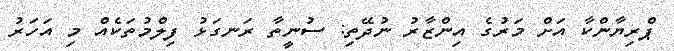
ޕްރިޔާންކާ އަށް މަރުގެ އިންޒާރު ނުދޭތި: ސުނީތާ ރަނގަޅު ފިލްމުތަކެއް މި އަހަރު